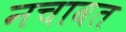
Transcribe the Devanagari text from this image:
नचावत